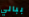
ببالي